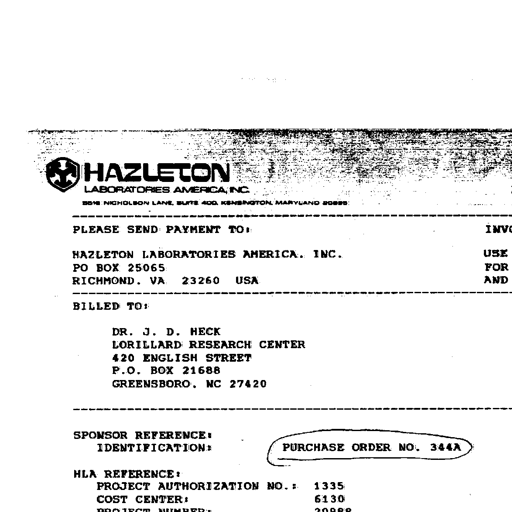
HAZLETON
LABORATORIES AMERICA, INC.
9200 NICHOLSON LANE, SUITE 400, KENSINGTON, MARYLAND 20895
----------------------------------------------------------------------------------------------------
PLEASE SEND PAYMENT TO: INVOICE

HAZLETON LABORATORIES AMERICA, INC. USE
PO BOX 25065 FOR
RICHMOND, VA 23260 USA AND
----------------------------------------------------------------------------------------------------
BILLED TO:

DR. J. D. HECK
LORILLARD RESEARCH CENTER
420 ENGLISH STREET
P.O. BOX 21688
GREENSBORO, NC 27420
----------------------------------------------------------------------------------------------------

SPONSOR REFERENCE:
IDENTIFICATION: PURCHASE ORDER NO. 344A

HLA REFERENCE:
PROJECT AUTHORIZATION NO.: 1335
COST CENTER: 6130